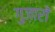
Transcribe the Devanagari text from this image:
गुज़ारों